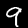
Digit: 9